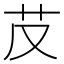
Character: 𦬐